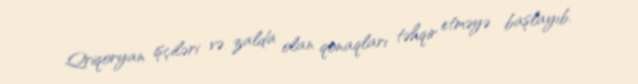
Qriqoryan işçiləri və zalda olan qonaqları təhqir etməyə başlayıb.